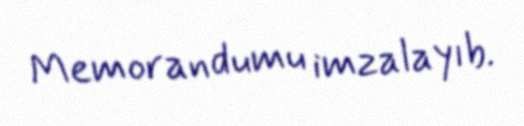
Memorandumu imzalayıb.